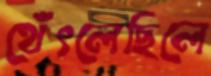
থেঁৎলেছিলে